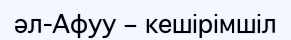
әл-Афуу – кешірімшіл